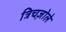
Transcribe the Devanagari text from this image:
त्रिचज़ोले